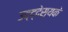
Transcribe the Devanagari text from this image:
उद्द्देस्यके